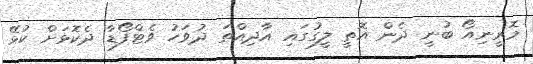
މޮރީނިއޯ ބުނީ ދެން އޮތީ ލީގުގައި އާދިއްތަ ދުވަހު ވެޓްފޯޑާ ދެކޮޅަށް ކުޅޭ